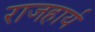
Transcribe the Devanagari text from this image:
राजहार्यं